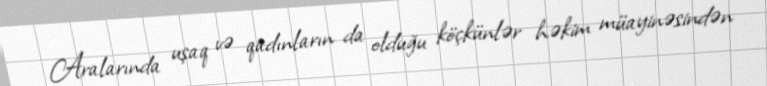
Aralarında uşaq və qadınların da olduğu köçkünlər həkim müayinəsindən